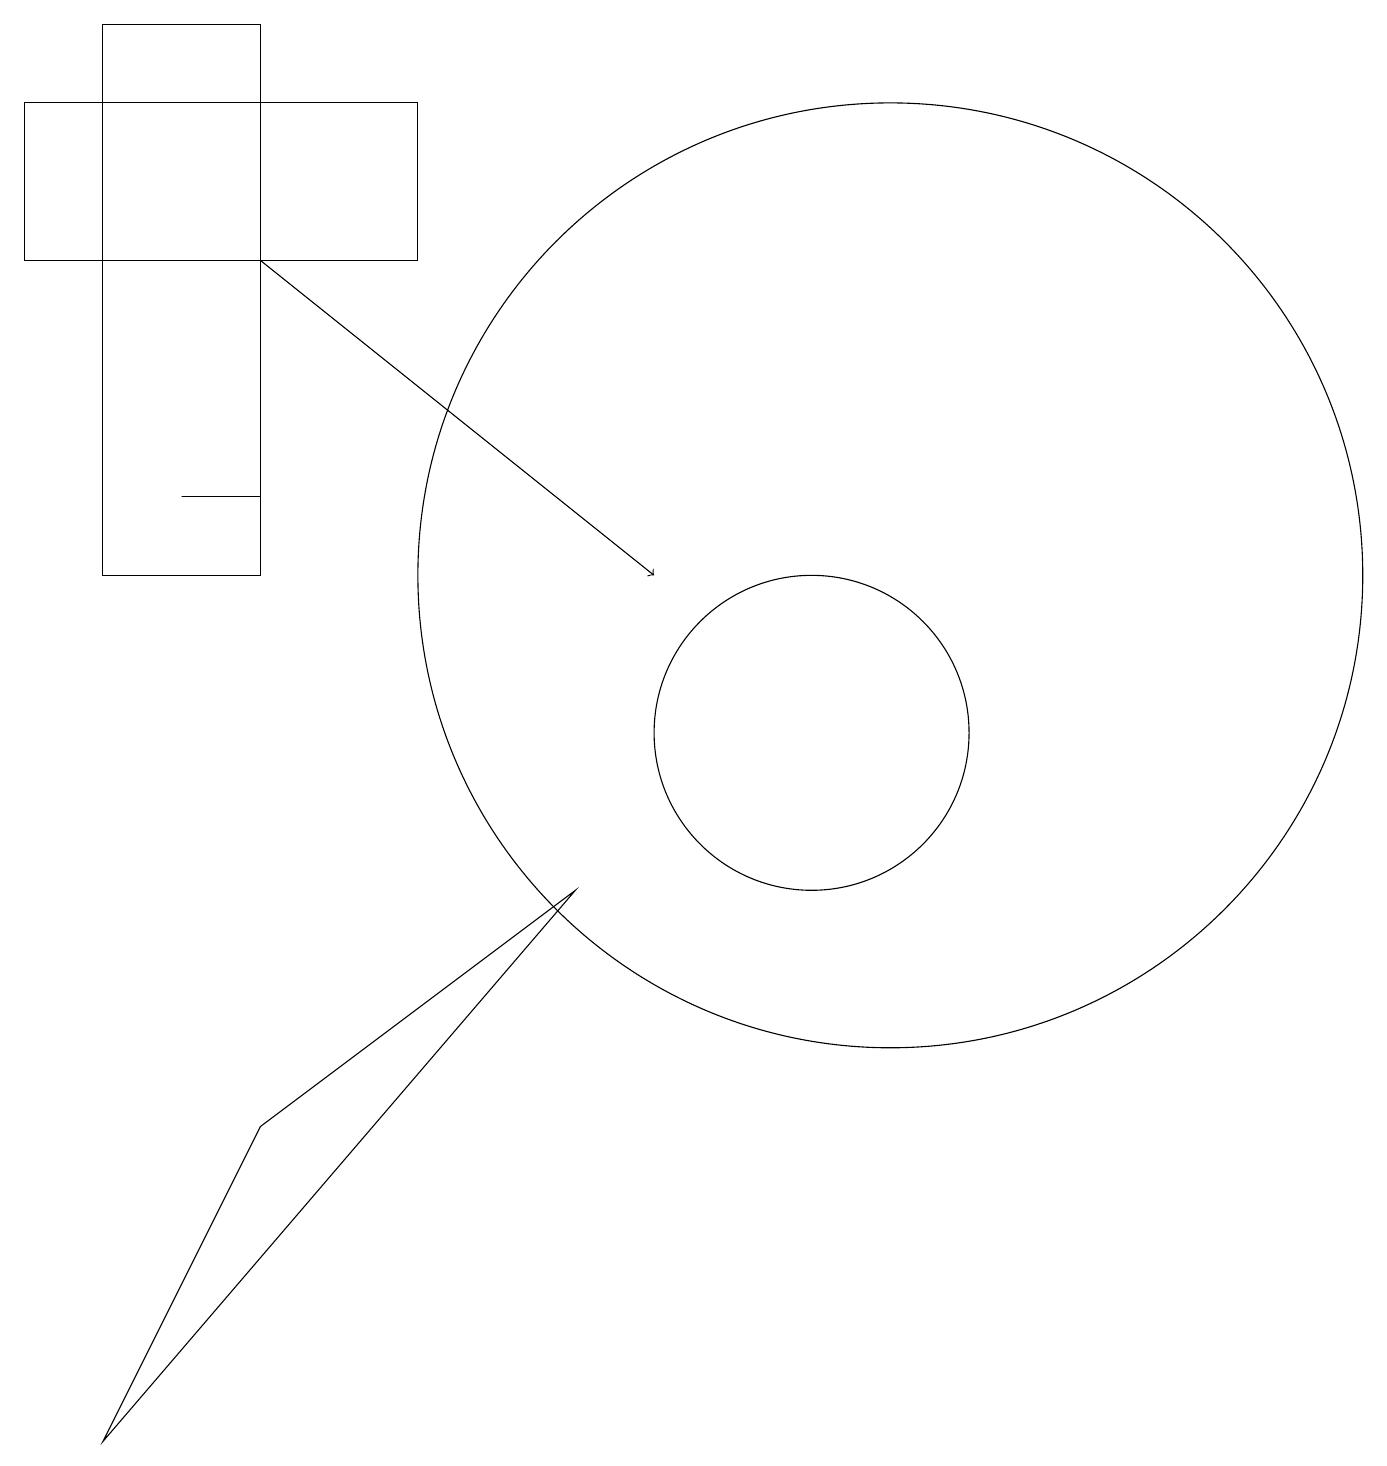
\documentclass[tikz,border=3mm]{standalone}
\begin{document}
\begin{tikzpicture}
\draw[->] (3,16) -- (8,12);
\draw (10,12) circle (0);
\draw (3,5) -- (7,8) -- (1,1) -- cycle;
\draw (2,13) rectangle (3,13);
\draw (3,12) rectangle (1,19);
\draw (11,12) circle (6);
\draw (0,16) rectangle (5,18);
\draw (10,10) circle (2);
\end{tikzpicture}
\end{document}